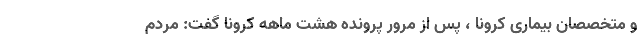
و متخصصان بیماری کرونا ، پس از مرور پرونده هشت ماهه کرونا گفت: مردم